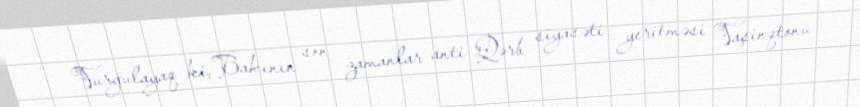
Vurğulayaq ki, Bakının son zamanlar anti-Qərb siyasəti yeritməsi Vaşinqtonu